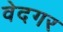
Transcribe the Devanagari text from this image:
वेदगर